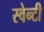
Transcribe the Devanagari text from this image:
स्वेन्‍टी